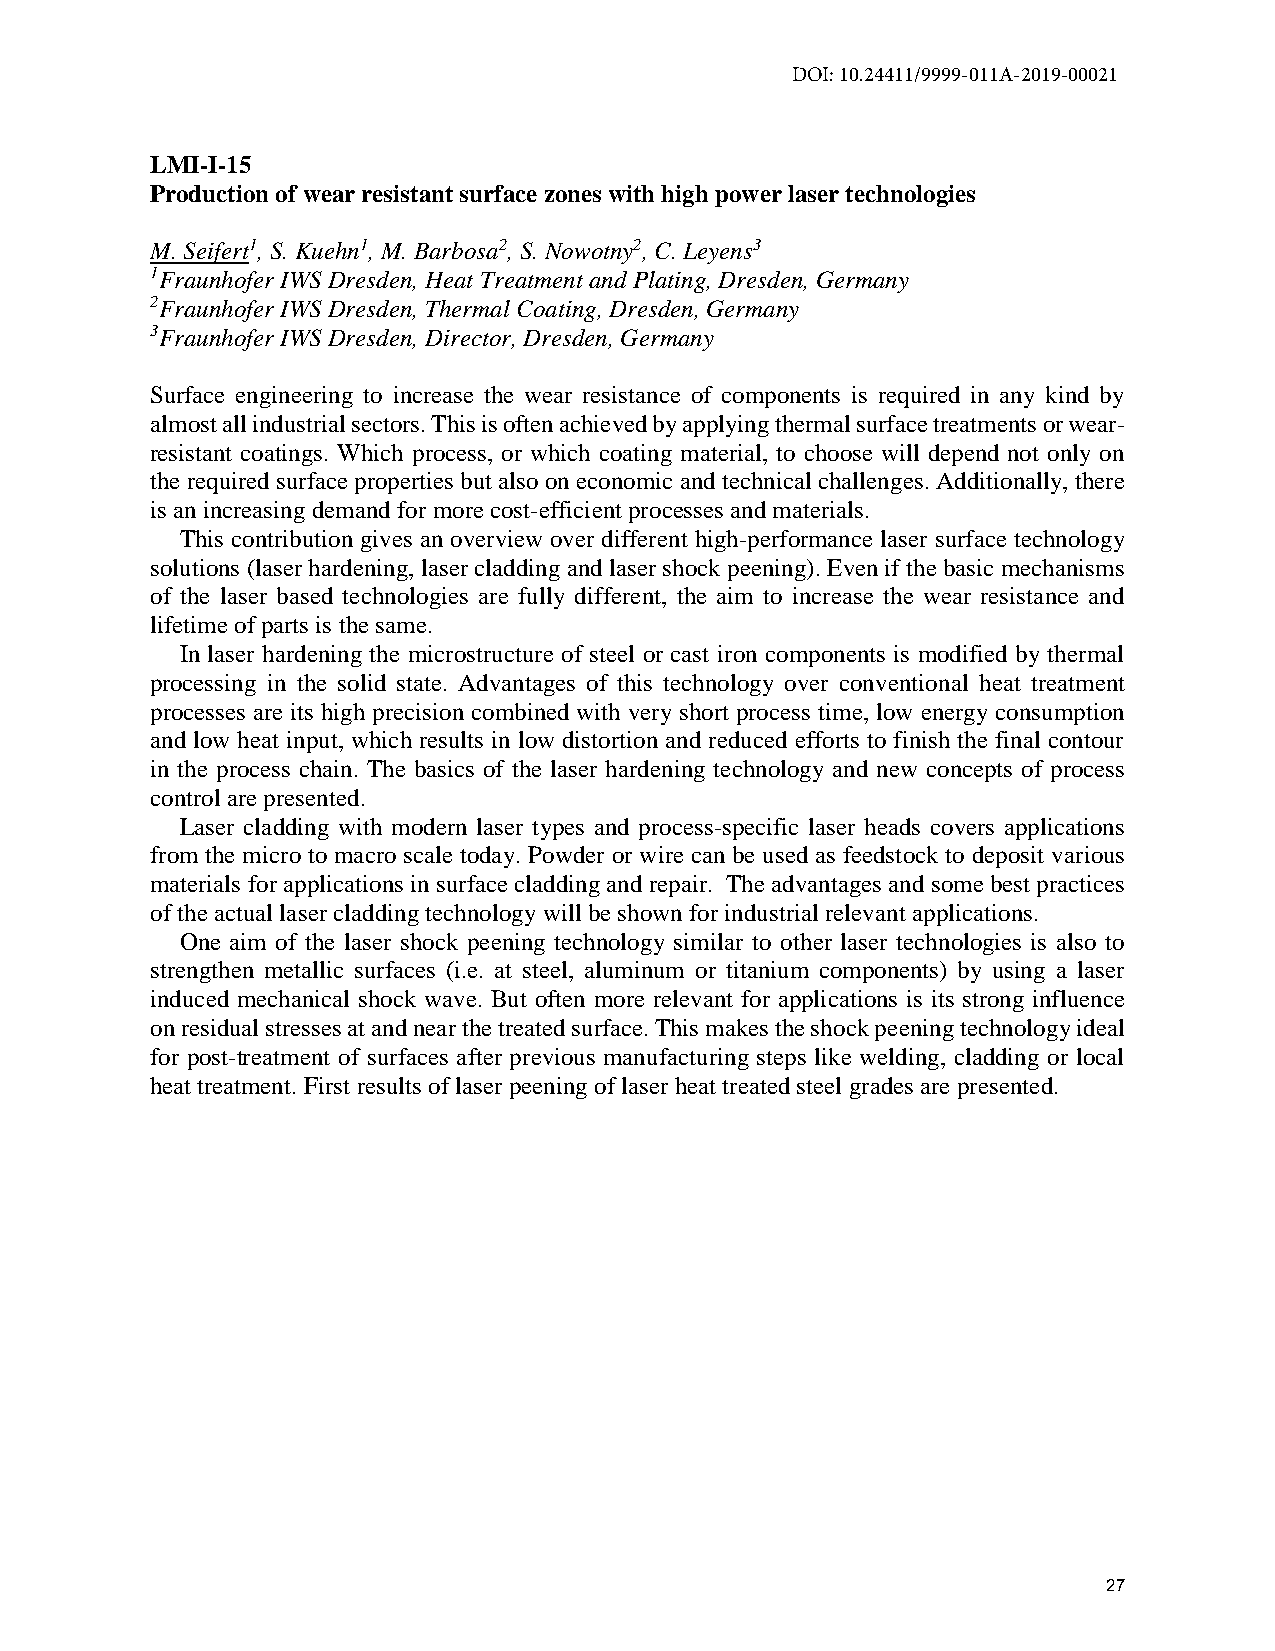
DOI: 10.24411/9999-011A-2019-00021
 LMI-I-15
 Production of wear resistant surface zones with high power laser technologies
 M. Seifert1, S. Kuehn1, M. Barbosa2, S. Nowotny2, C. Leyens3
 1Fraunhofer IWS Dresden, Heat Treatment and Plating, Dresden, Germany
 2Fraunhofer IWS Dresden, Thermal Coating, Dresden, Germany
 3Fraunhofer IWS Dresden, Director, Dresden, Germany
 Surface engineering to increase the wear resistance of components is required in any kind by
 almost all industrial sectors. This is often achieved by applying thermal surface treatments or wear-
 resistant coatings. Which process, or which coating material, to choose will depend not only on
 the required surface properties but also on economic and technical challenges. Additionally, there
 is an increasing demand for more cost-efficient processes and materials.
 This contribution gives an overview over different high-performance laser surface technology
 solutions (laser hardening, laser cladding and laser shock peening). Even if the basic mechanisms
 of the laser based technologies are fully different, the aim to increase the wear resistance and
 lifetime of parts is the same.
 In laser hardening the microstructure of steel or cast iron components is modified by thermal
 processing in the solid state. Advantages of this technology over conventional heat treatment
 processes are its high precision combined with very short process time, low energy consumption
 and low heat input, which results in low distortion and reduced efforts to finish the final contour
 in the process chain. The basics of the laser hardening technology and new concepts of process
 control are presented.
 Laser cladding with modern laser types and process-specific laser heads covers applications
 from the micro to macro scale today. Powder or wire can be used as feedstock to deposit various
 materials for applications in surface cladding and repair. The advantages and some best practices
 of the actual laser cladding technology will be shown for industrial relevant applications.
 One aim of the laser shock peening technology similar to other laser technologies is also to
 strengthen metallic surfaces (i.e. at steel, aluminum or titanium components) by using a laser
 induced mechanical shock wave. But often more relevant for applications is its strong influence
 on residual stresses at and near the treated surface. This makes the shock peening technology ideal
 for post-treatment of surfaces after previous manufacturing steps like welding, cladding or local
 heat treatment. First results of laser peening of laser heat treated steel grades are presented.
 27